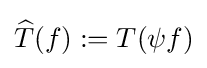
{\widehat {T}}(f):=T(\psi f)